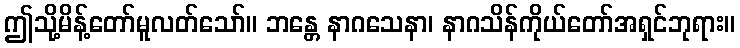
ဤသို့မိန့်တော်မူလတ်သော်။ ဘန္တေ နာဂသေနာ၊ နာဂသိန်ကိုယ်တော်အရှင်ဘုရား။